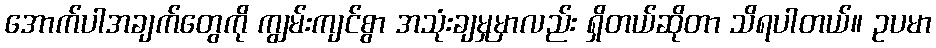
အောက်ပါအချက်တွေကို ကျွမ်းကျင်စွာ အသုံးချမှုမှာလည်း ရှိတယ်ဆိုတာ သိရပါတယ်။ ဥပမာ